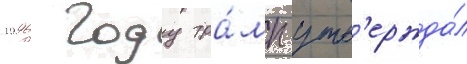
1996 году тра́мп утв'ержда́л